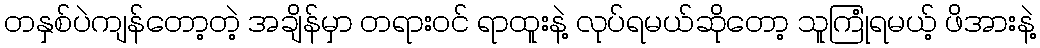
တနှစ်ပဲကျန်တော့တဲ့ အချိန်မှာ တရားဝင် ရာထူးနဲ့ လုပ်ရမယ်ဆိုတော့ သူကြုံရမယ့် ဖိအားနဲ့